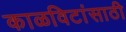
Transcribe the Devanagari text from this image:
काळविटांसाठी